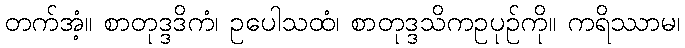
တက်အံ့။ စာတုဒ္ဒဒိကံ၊ ဥပေါသထံ၊ စာတုဒ္ဒသိကဥပုဉ်ကို။ ကရိဿာမ၊